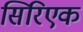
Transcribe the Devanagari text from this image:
सिरिएक